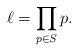
LaTeX: \begin{align*}\ell=\prod_{p\in S_{}}p.\end{align*}